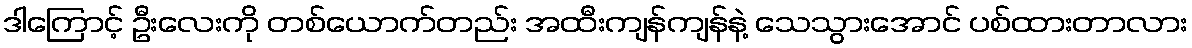
ဒါကြောင့် ဦးလေးကို တစ်ယောက်တည်း အထီးကျန်ကျန်နဲ့ သေသွားအောင် ပစ်ထားတာလား